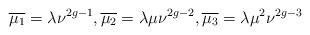
LaTeX: \begin{align*}\overline{\mu_1}=\lambda \nu^{2g-1}, \overline{\mu_2}=\lambda \mu \nu^{2g-2}, \overline{\mu_3}=\lambda \mu^2\nu^{2g-3}\end{align*}